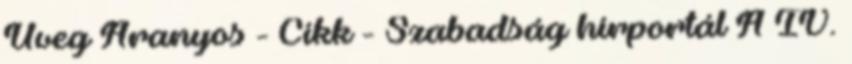
Üveg Aranyos - Cikk - Szabadság hírportál A IV.